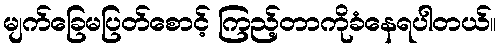
မျက်ခြေမပြတ်စောင့် ကြည့်တာကိုခံနေရပါတယ်။